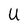
Character: U